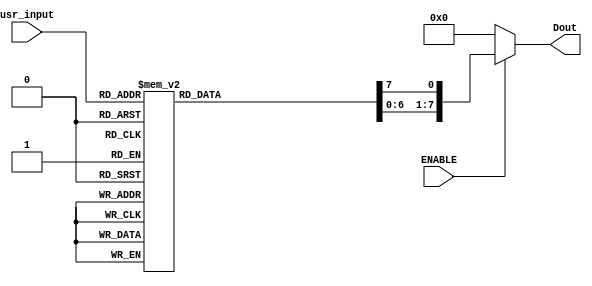
module Decoder3by8(
    input   [2:0] usr_input,
    input ENABLE, 
    output  reg [7:0] Dout
    );

always @(usr_input)
begin
    Dout = 8'd0; //will reset the Dout to 0 for a new selection

    if(ENABLE)
    begin
        case(usr_input)
            3'd0: begin Dout[0] = 1'd1; end
            3'd1: begin Dout[1] = 1'd1; end
            3'd2: begin Dout[2] = 1'd1; end
            3'd3: begin Dout[3] = 1'd1; end
            3'd4: begin Dout[4] = 1'd1; end
            3'd5: begin Dout[5] = 1'd1; end
            3'd6: begin Dout[6] = 1'd1; end
            3'd7: begin Dout[7] = 1'd1; end

            default : Dout = 8'd0;
        endcase
    end
end

endmodule